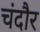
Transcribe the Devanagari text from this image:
चंदौर